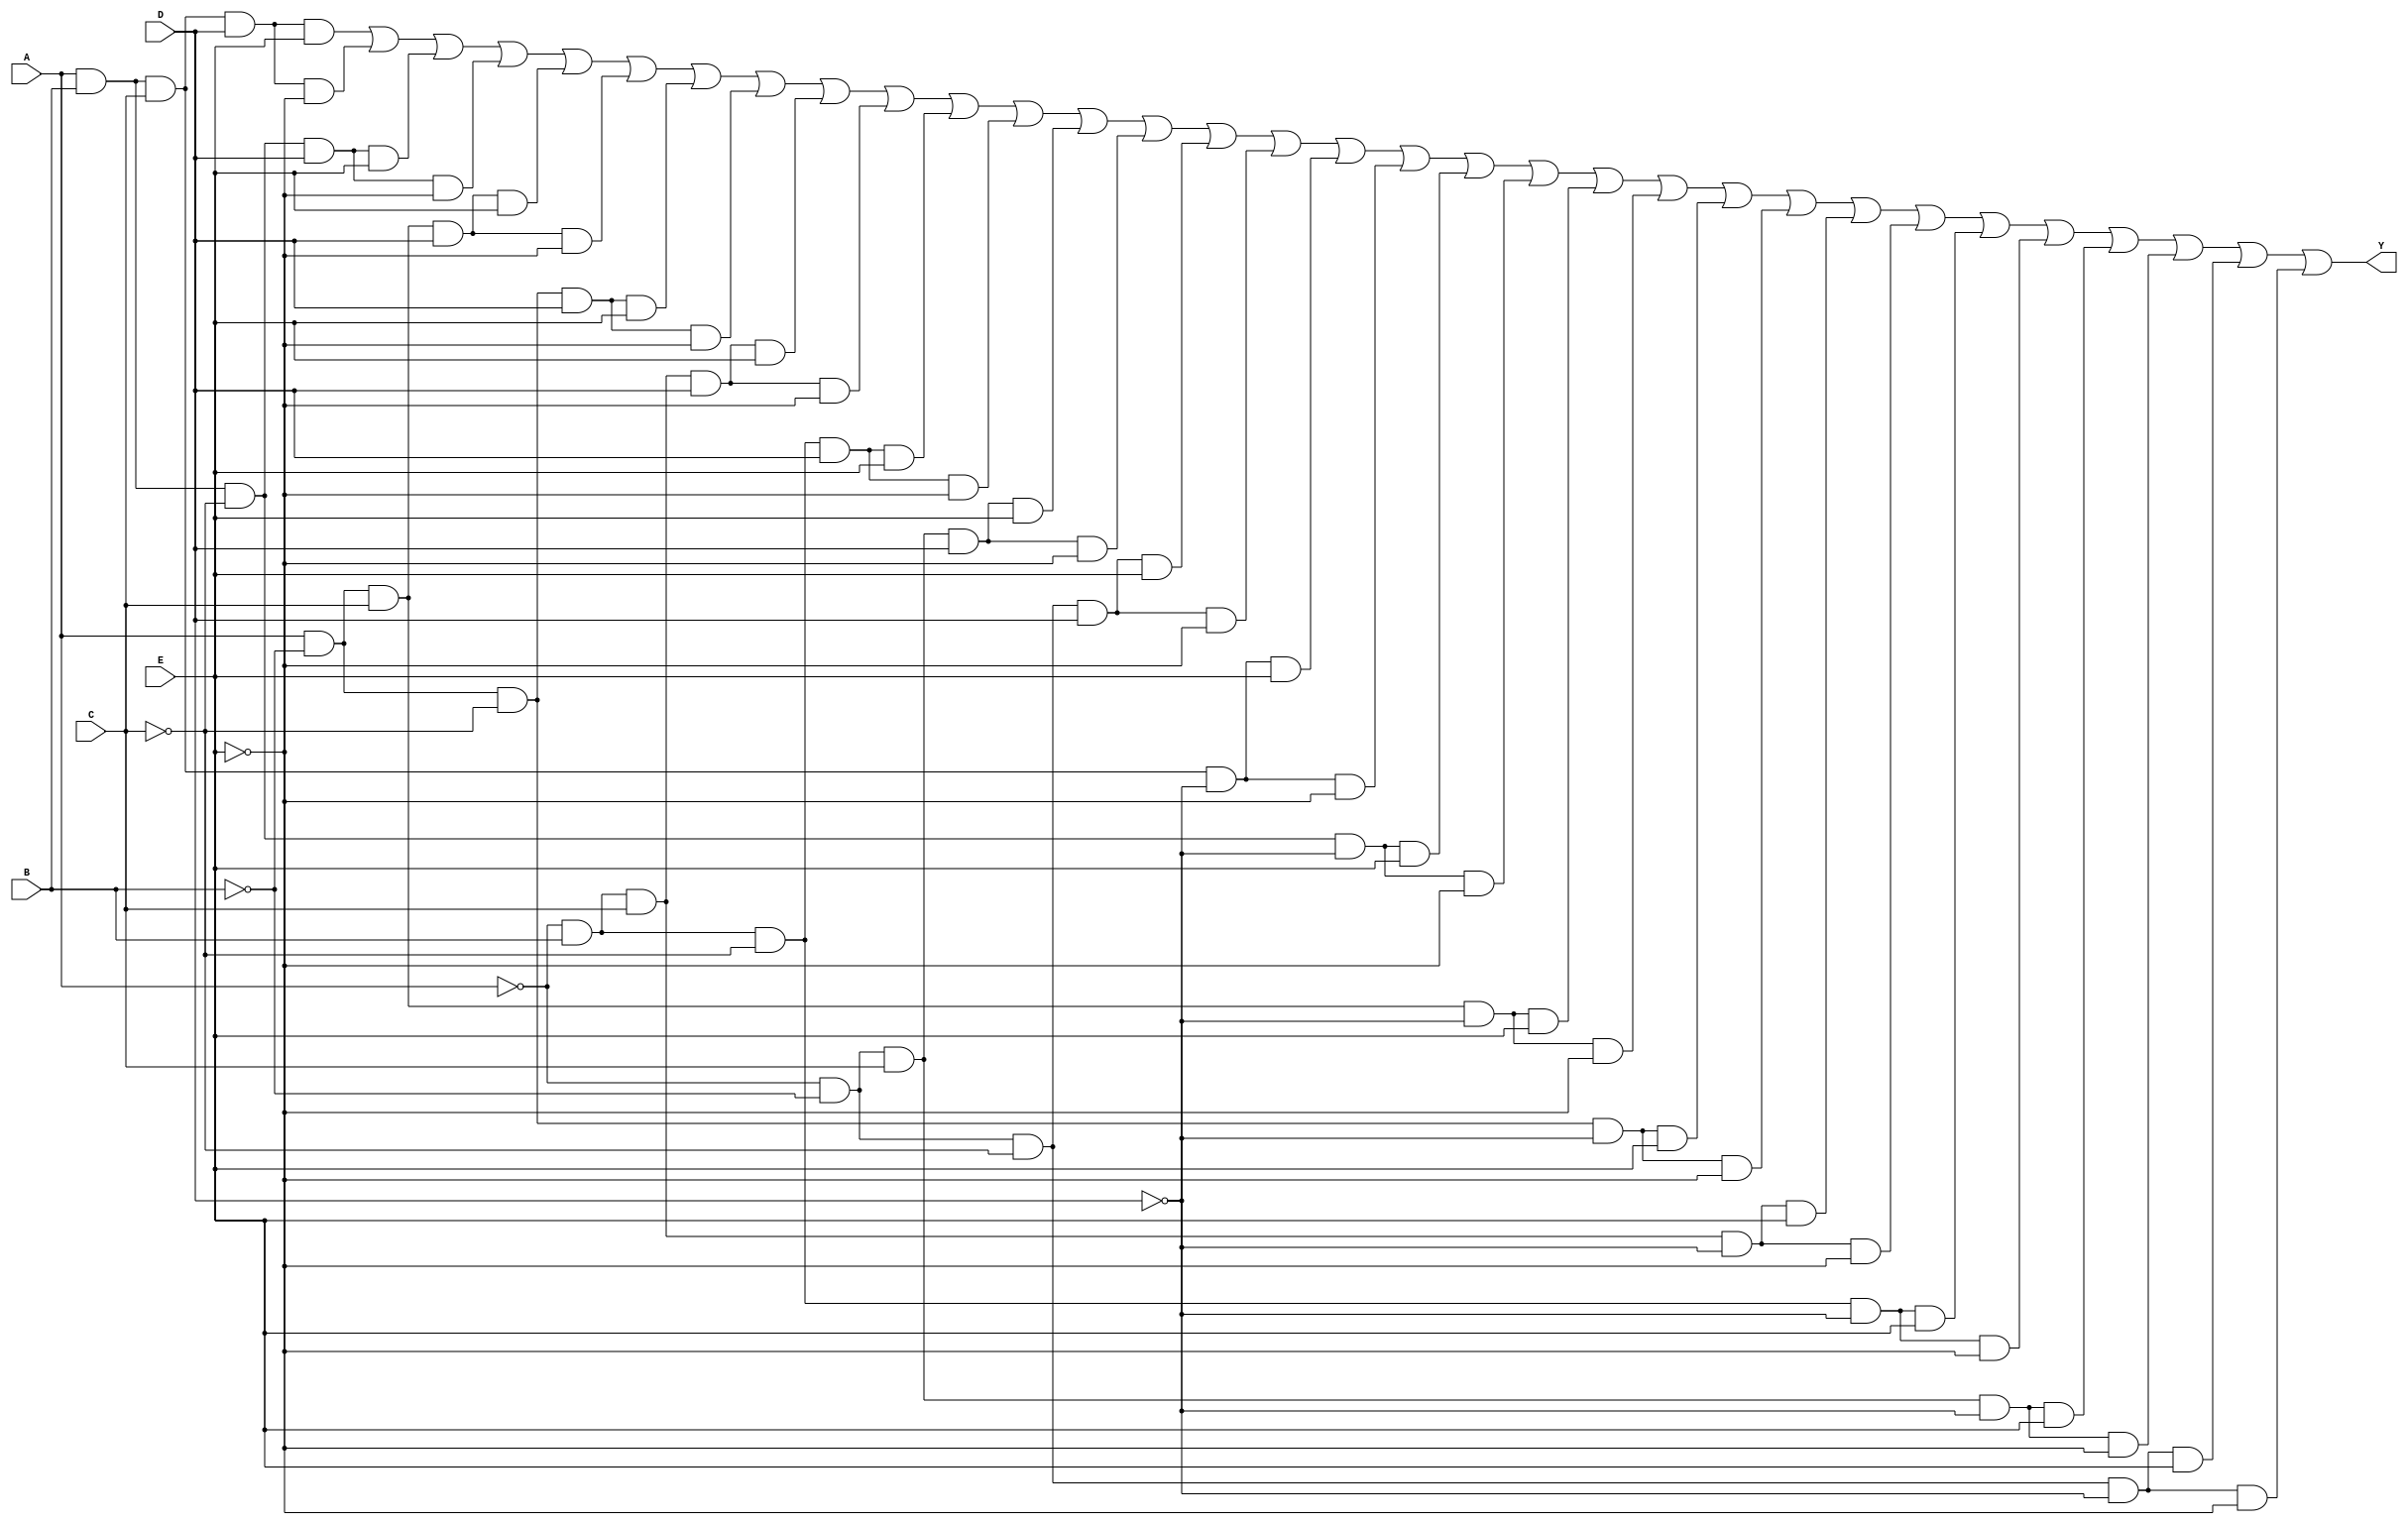
module five_variable_kmap (
    input wire A,  // Input variable A
    input wire B,  // Input variable B
    input wire C,  // Input variable C
    input wire D,  // Input variable D
    input wire E,  // Input variable E
    output wire Y  // Output Y
);

// K-map implementation
// The K-map has 32 cells (2^5 for 5 variables)
// Each cell corresponds to a minterm based on the combination of A, B, C, D, and E

assign Y = 
    (A & B & C & D & E) |  // minterm 31
    (A & B & C & D & ~E) | // minterm 30
    (A & B & ~C & D & E) | // minterm 29
    (A & B & ~C & D & ~E) |// minterm 28
    (A & ~B & C & D & E) | // minterm 27
    (A & ~B & C & D & ~E) |// minterm 26
    (A & ~B & ~C & D & E) |// minterm 25
    (A & ~B & ~C & D & ~E) |// minterm 24
    (~A & B & C & D & E) | // minterm 23
    (~A & B & C & D & ~E) |// minterm 22
    (~A & B & ~C & D & E) |// minterm 21
    (~A & B & ~C & D & ~E) |// minterm 20
    (~A & ~B & C & D & E) |// minterm 19
    (~A & ~B & C & D & ~E) |// minterm 18
    (~A & ~B & ~C & D & E) |// minterm 17
    (~A & ~B & ~C & D & ~E) |// minterm 16
    (A & B & C & ~D & E) |  // minterm 15
    (A & B & C & ~D & ~E) | // minterm 14
    (A & B & ~C & ~D & E) | // minterm 13
    (A & B & ~C & ~D & ~E) |// minterm 12
    (A & ~B & C & ~D & E) | // minterm 11
    (A & ~B & C & ~D & ~E) |// minterm 10
    (A & ~B & ~C & ~D & E) |// minterm 9
    (A & ~B & ~C & ~D & ~E) |// minterm 8
    (~A & B & C & ~D & E) | // minterm 7
    (~A & B & C & ~D & ~E) |// minterm 6
    (~A & B & ~C & ~D & E) |// minterm 5
    (~A & B & ~C & ~D & ~E) |// minterm 4
    (~A & ~B & C & ~D & E) |// minterm 3
    (~A & ~B & C & ~D & ~E) |// minterm 2
    (~A & ~B & ~C & ~D & E) |// minterm 1
    (~A & ~B & ~C & ~D & ~E); // minterm 0

endmodule